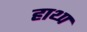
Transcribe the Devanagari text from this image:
हाथ्प